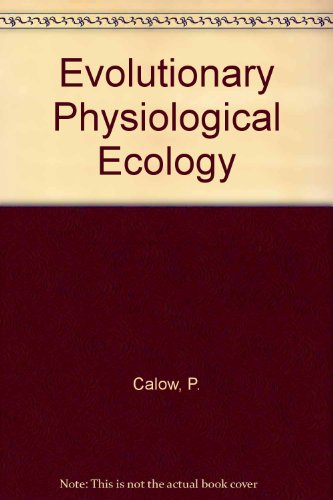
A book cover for Evolutionary Physiological Ecology; P. Calow; Science & Math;